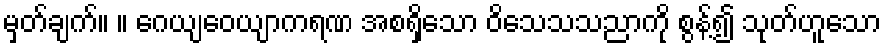
မှတ်ချက်။ ။ ဂေယျဝေယျာကရဏ အစရှိသော ဝိသေသသညာကို စွန့်၍ သုတ်ဟူသော